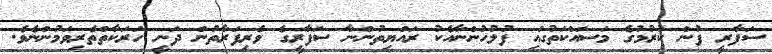
ސަފާރީ ފުން ކުރުމުގެ މަސައްކަތުގައި ފުލުހުންނާއެކު ރައްޔިތުންނާ ސަފާރީގެ ވެރިފަރާތުން ދަނީ ހަރަކާތްތެރިވަމުންނެވެ.